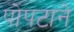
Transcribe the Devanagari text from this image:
पोपटाने